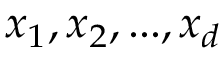
x _ { 1 } , x _ { 2 } , . . . , x _ { d }